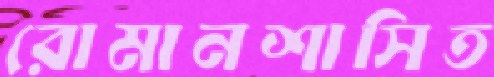
রোমানশাসিত